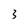
Character: 3